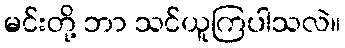
မင်းတို့ ဘာ သင်ယူကြပါသလဲ။